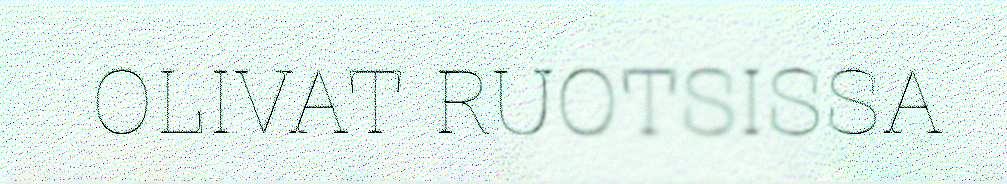
OLIVAT RUOTSISSA